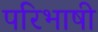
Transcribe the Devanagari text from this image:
परिभाषी